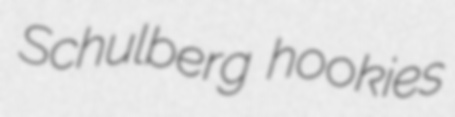
Schulberg hookies